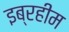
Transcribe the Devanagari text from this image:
इब्रहीम